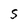
Character: S